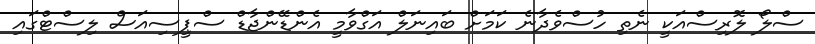
ސްލޯ ލޮރިސްއަކީ ނެތި ހުސްވެދާނެ ކަމަށް ބައިނަލް އަގްވާމީ އެންޑޭންޖާޑް ސްޕީސިއަސް ލިސްޓްގައި